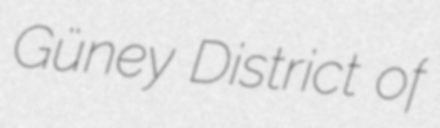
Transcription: Güney District of